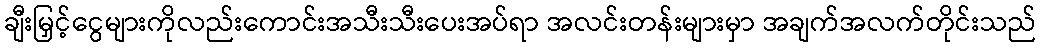
ချီးမြှင့်ငွေများကိုလည်းကောင်းအသီးသီးပေးအပ်ရာ အလင်းတန်းများမှာ အချက်အလက်တိုင်းသည်